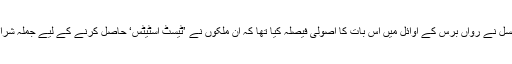
انٹرنیشنل کرکٹ کونسل نے رواں برس کے اوائل میں اس بات کا اصولی فیصلہ کیا تھا کہ ان ملکوں نے ’ٹیسٹ اسٹیٹس‘ حاصل کرنے کے لیے جملہ شرائط پوری کر لی ہیں۔